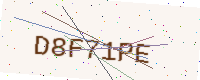
Text: D8F71PE